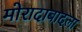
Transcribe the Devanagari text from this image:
मोरादाबादला